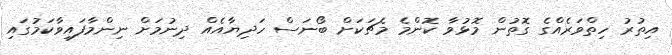
އިތުރު ހިތްވަރެއްގެ ގޮތުން މޮޅުވާ ކޮންމެ މެޗަކަށް ބޯނަސް ހަދިޔާއެއް ދިނުމަށް ނިންމާފައިވާކަމުގައި